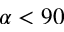
\alpha < 9 0